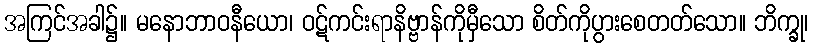
အကြင်အခါ၌။ မနောဘာဝနီယော၊ ဝဋ်ကင်းရာနိဗ္ဗာန်ကိုမှီသော စိတ်ကိုပွားစေတတ်သော။ ဘိက္ခု၊